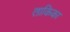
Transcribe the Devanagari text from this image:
ताकिका